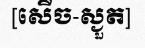
[សើច-ស្ងួត]